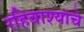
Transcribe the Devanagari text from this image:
रहिवाश्यांचे